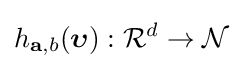
h_{\mathbf {a} ,b}({\boldsymbol {\upsilon }}):{\mathcal {R}}^{d}\to {\mathcal {N}}